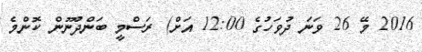
2016 މޭ 26 ވަނަ ދުވަހުގެ 12:00 އަށް) ރަސްމީ ބަންދުނޫން ކޮންމެ